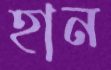
হান